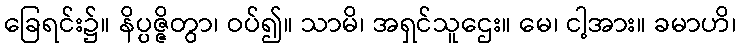
ခြေရင်း၌။ နိပ္ပဇ္ဇိတွာ၊ ဝပ်၍။ သာမိ၊ အရှင်သူဌေး။ မေ၊ ငါ့အား။ ခမာဟိ၊